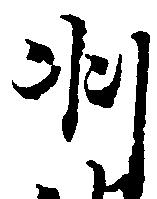
羽